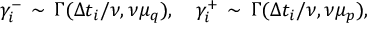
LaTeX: \gamma _ { i } ^ { - } \, \sim \, \Gamma ( \Delta t _ { i } / \nu , \nu \mu _ { q } ) , \quad \gamma _ { i } ^ { + } \, \sim \, \Gamma ( \Delta t _ { i } / \nu , \nu \mu _ { p } ) ,